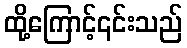
ထို့ကြောင့်၎င်းသည်